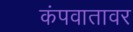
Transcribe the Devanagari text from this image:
कंपवातावर